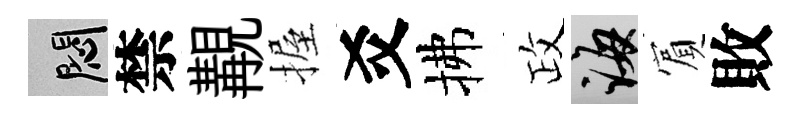
悶禁覯握爻拂政誨賔敗